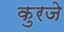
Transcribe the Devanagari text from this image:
कुरजे